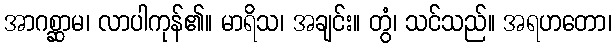
အာဂစ္ဆာမ၊ လာပါကုန်၏။ မာရိသ၊ အချင်း။ တွံ၊ သင်သည်။ အရဟတော၊